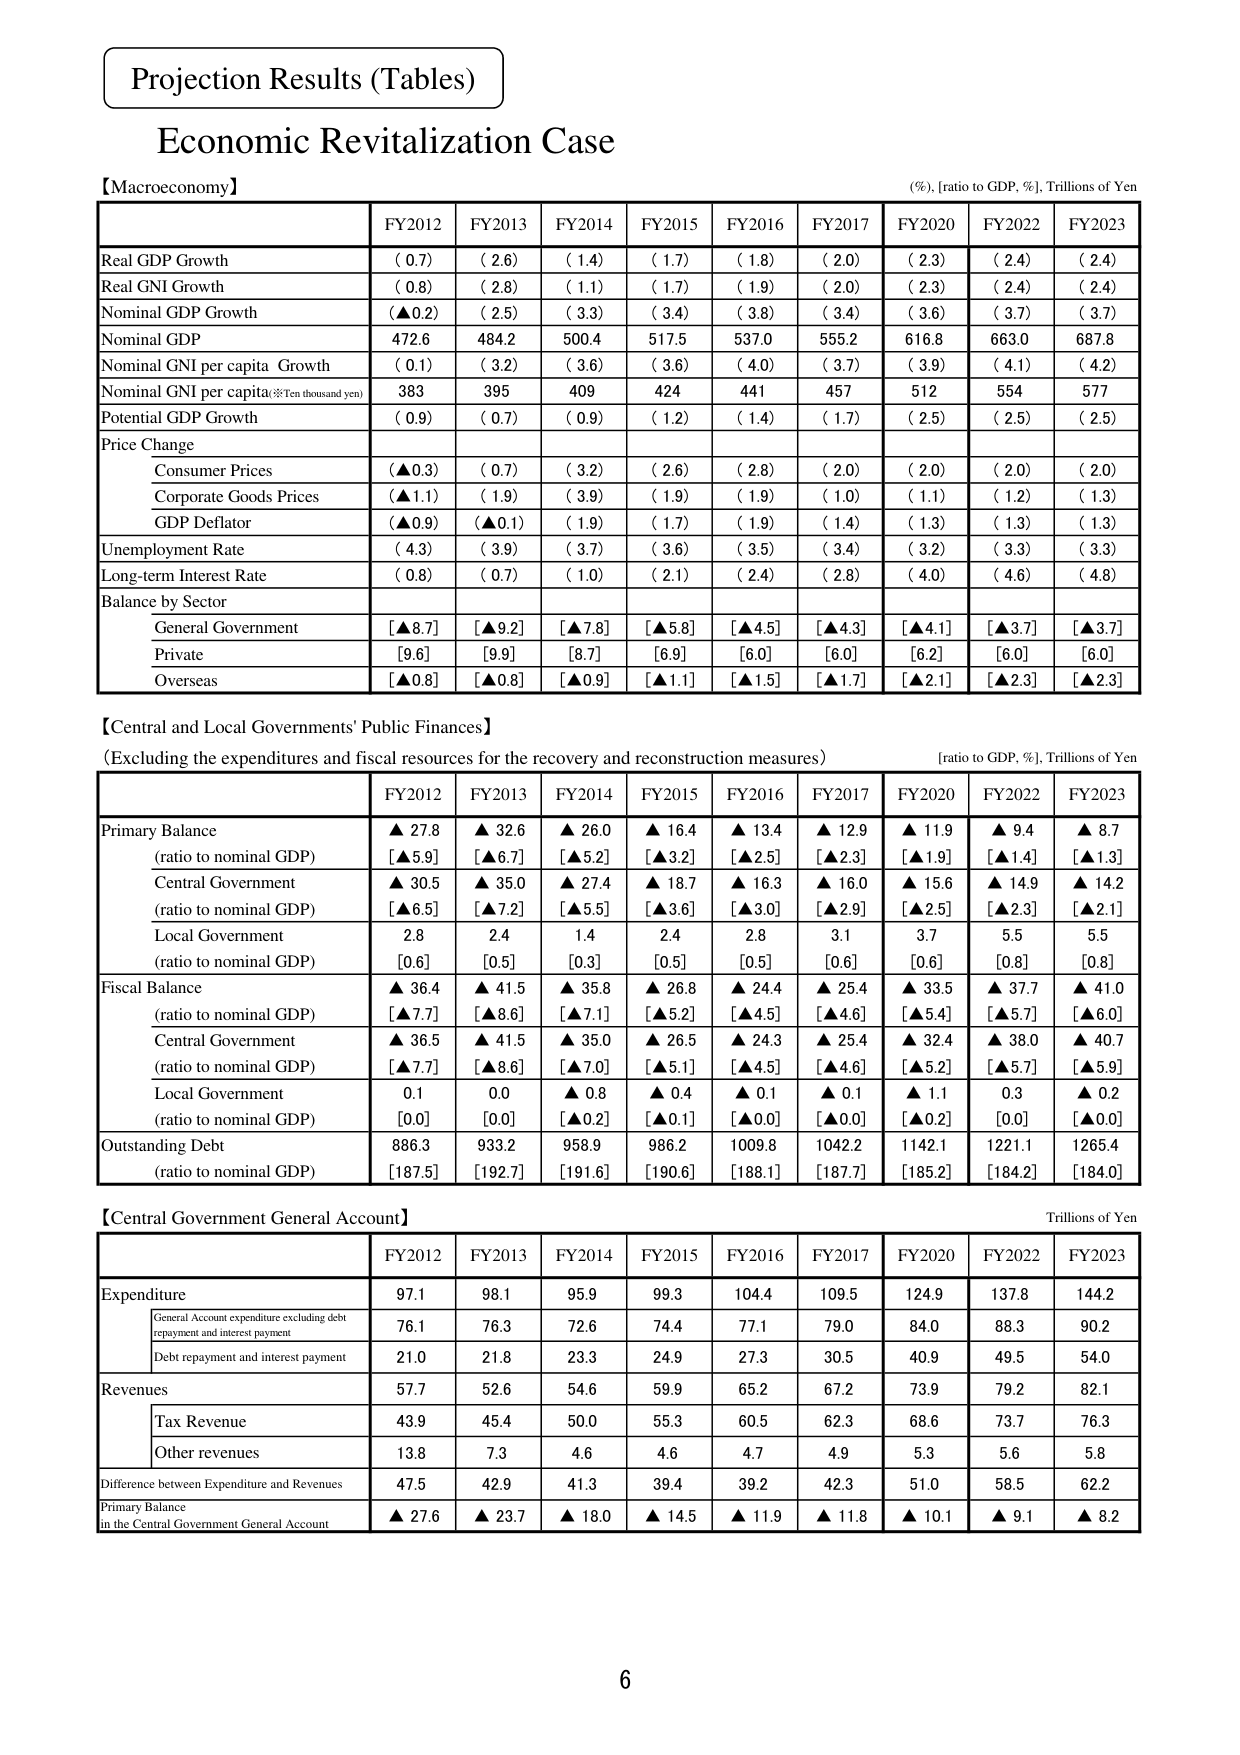
Projection Results (Tables)
Economic Revitalization Case
【Macroeconomy】
(%), [ratio to GDP, %], Trillions of Yen
FY2012 FY2013 FY2014 FY2015 FY2016 FY2017 FY2020 FY2022 FY2023
Real GDP Growth ( 0.7) ( 2.6) ( 1.4) ( 1.7) ( 1.8) ( 2.0) ( 2.3) ( 2.4) ( 2.4)
Real GNI Growth ( 0.8) ( 2.8) ( 1.1) ( 1.7) ( 1.9) ( 2.0) ( 2.3) ( 2.4) ( 2.4)
Nominal GDP Growth (▲0.2) ( 2.5) ( 3.3) ( 3.4) ( 3.8) ( 3.4) ( 3.6) ( 3.7) ( 3.7)
Nominal GDP 472.6 484.2 500.4 517.5 537.0 555.2 616.8 663.0 687.8
Nominal GNI per capita Growth ( 0.1) ( 3.2) ( 3.6) ( 3.6) ( 4.0) ( 3.7) ( 3.9) ( 4.1) ( 4.2)
Nominal GNI per capita※Ten thousand yen) 383 395 409 424 441 457 512 554 577
Potential GDP Growth ( 0.9) ( 0.7) ( 0.9) ( 1.2) ( 1.4) ( 1.7) ( 2.5) ( 2.5) ( 2.5)
Price Change
Consumer Prices (▲0.3) ( 0.7) ( 3.2) ( 2.6) ( 2.8) ( 2.0) ( 2.0) ( 2.0) ( 2.0)
Corporate Goods Prices (▲1.1) ( 1.9) ( 3.9) ( 1.9) ( 1.9) ( 1.0) ( 1.1) ( 1.2) ( 1.3)
GDP Deflator (▲0.9) (▲0.1) ( 1.9) ( 1.7) ( 1.9) ( 1.4) ( 1.3) ( 1.3) ( 1.3)
Unemployment Rate ( 4.3) ( 3.9) ( 3.7) ( 3.6) ( 3.5) ( 3.4) ( 3.2) ( 3.3) ( 3.3)
Long-term Interest Rate ( 0.8) ( 0.7) ( 1.0) ( 2.1) ( 2.4) ( 2.8) ( 4.0) ( 4.6) ( 4.8)
Balance by Sector
General Government [▲8.7] [▲9.2] [▲7.8] [▲5.8] [▲4.5] [▲4.3] [▲4.1] [▲3.7] [▲3.7]
Private [9.6] [9.9] [8.7] [6.9] [6.0] [6.0] [6.2] [6.0] [6.0]
Overseas [▲0.8] [▲0.8] [▲0.9] [▲1.1] [▲1.5] [▲1.7] [▲2.1] [▲2.3] [▲2.3]
【Central and Local Governments' Public Finances】
(Excluding the expenditures and fiscal resources for the recovery and reconstruction measures)
[ratio to GDP, %], Trillions of Yen
FY2012 FY2013 FY2014 FY2015 FY2016 FY2017 FY2020 FY2022 FY2023
Primary Balance ▲ 27.8 ▲ 32.6 ▲ 26.0 ▲ 16.4 ▲ 13.4 ▲ 12.9 ▲ 11.9 ▲ 9.4 ▲ 8.7
(ratio to nominal GDP) [▲5.9] [▲6.7] [▲5.2] [▲3.2] [▲2.5] [▲2.3] [▲1.9] [▲1.4] [▲1.3]
Central Government ▲ 30.5 ▲ 35.0 ▲ 27.4 ▲ 18.7 ▲ 16.3 ▲ 16.0 ▲ 15.6 ▲ 14.9 ▲ 14.2
(ratio to nominal GDP) [▲6.5] [▲7.2] [▲5.5] [▲3.6] [▲3.0] [▲2.9] [▲2.5] [▲2.3] [▲2.1]
Local Government 2.8 2.4 1.4 2.4 2.8 3.1 3.7 5.5 5.5
(ratio to nominal GDP) [0.6] [0.5] [0.3] [0.5] [0.5] [0.6] [0.6] [0.8] [0.8]
Fiscal Balance ▲ 36.4 ▲ 41.5 ▲ 35.8 ▲ 26.8 ▲ 24.4 ▲ 25.4 ▲ 33.5 ▲ 37.7 ▲ 41.0
(ratio to nominal GDP) [▲7.7] [▲8.6] [▲7.1] [▲5.2] [▲4.5] [▲4.6] [▲5.4] [▲5.7] [▲6.0]
Central Government ▲ 36.5 ▲ 41.5 ▲ 35.0 ▲ 26.5 ▲ 24.3 ▲ 25.4 ▲ 32.4 ▲ 38.0 ▲ 40.7
(ratio to nominal GDP) [▲7.7] [▲8.6] [▲7.0] [▲5.1] [▲4.5] [▲4.6] [▲5.2] [▲5.7] [▲5.9]
Local Government 0.1 0.0 ▲ 0.8 ▲ 0.4 ▲ 0.1 ▲ 0.1 ▲ 1.1 0.3 ▲ 0.2
(ratio to nominal GDP) [0.0] [0.0] [▲0.2] [▲0.1] [▲0.0] [▲0.0] [▲0.2] [0.0] [▲0.0]
Outstanding Debt 886.3 933.2 958.9 986.2 1009.8 1042.2 1142.1 1221.1 1265.4
(ratio to nominal GDP) [187.5] [192.7] [191.6] [190.6] [188.1] [187.7] [185.2] [184.2] [184.0]
【Central Government General Account】
Trillions of Yen
FY2012 FY2013 FY2014 FY2015 FY2016 FY2017 FY2020 FY2022 FY2023
Expenditure 97.1 98.1 95.9 99.3 104.4 109.5 124.9 137.8 144.2
General Account expenditure excluding debt repayment and interest payment 76.1 76.3 72.6 74.4 77.1 79.0 84.0 88.3 90.2
Debt repayment and interest payment 21.0 21.8 23.3 24.9 27.3 30.5 40.9 49.5 54.0
Revenues 57.7 52.6 54.6 59.9 65.2 67.2 73.9 79.2 82.1
Tax Revenue 43.9 45.4 50.0 55.3 60.5 62.3 68.6 73.7 76.3
Other revenues 13.8 7.3 4.6 4.6 4.7 4.9 5.3 5.6 5.8
Difference between Expenditure and Revenues 47.5 42.9 41.3 39.4 39.2 42.3 51.0 58.5 62.2
Primary Balance in the Central Government General Account ▲ 27.6 ▲ 23.7 ▲ 18.0 ▲ 14.5 ▲ 11.9 ▲ 11.8 ▲ 10.1 ▲ 9.1 ▲ 8.2
6